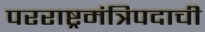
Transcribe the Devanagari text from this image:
परराष्ट्रमंत्रिपदाची